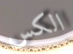
الكس